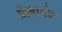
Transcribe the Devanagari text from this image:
भिन्नार्थक